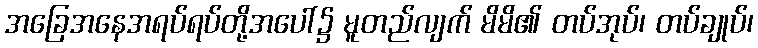
အခြေအနေအရပ်ရပ်တို့အပေါ်၌ မူတည်လျက် မိမိ၏ တပ်အုပ်၊ တပ်ချုပ်၊